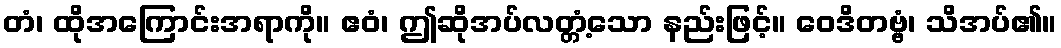
တံ၊ ထိုအကြောင်းအရာကို။ ဧဝံ၊ ဤဆိုအပ်လတ္တံ့သော နည်းဖြင့်။ ဝေဒိတဗ္ဗံ၊ သိအပ်၏။